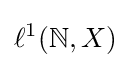
\ell ^{1}(\mathbb {N} ,X)